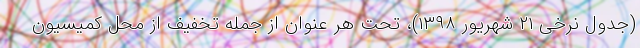
(جدول نرخی ۲۱ شهریور ۱۳۹۸)، تحت هر عنوان از جمله تخفیف از محل کمیسیون